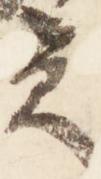
賞